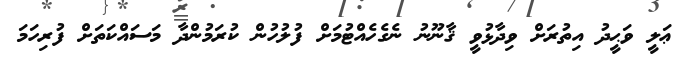
ޢަލީ ވަޙީދު އިތުރަށް ވިދާޅުވީ ޤާނޫނު ނެގެހެއްޓުމަށް ފުލުހުން ކުރަމުންދާ މަސައްކަތަށް ފުރިހަމަ